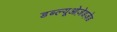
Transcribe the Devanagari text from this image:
डब्ल्यूओज़ेडज़ेड